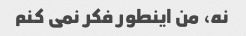
نه، من اینطور فکر نمی کنم